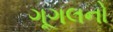
ગૂગલનો